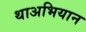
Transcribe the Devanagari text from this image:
थाअभियान